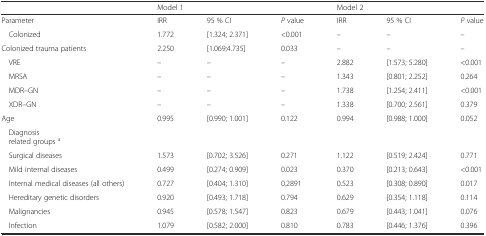
<table><thead><tr><td></td><td colspan="3"><b>Model 1</b></td><td colspan="3"><b>Model 2</b></td></tr></thead><tbody><tr><td>Parameter</td><td>IRR</td><td>95 % CI</td><td><i>P</i> value</td><td>IRR</td><td>95 % CI</td><td><i>P</i> value</td></tr><tr><td> Colonized</td><td>1.772</td><td>[1.324; 2.371]</td><td>&lt;0.001</td><td>–</td><td>–</td><td>–</td></tr><tr><td>Colonized trauma patients</td><td>2.250</td><td>[1.069;4.735]</td><td>0.033</td><td>–</td><td>–</td><td>–</td></tr><tr><td> VRE</td><td>–</td><td>–</td><td>–</td><td>2.882</td><td>[1.573; 5.280]</td><td>&lt;0.001</td></tr><tr><td> MRSA</td><td>–</td><td>–</td><td>–</td><td>1.343</td><td>[0.801; 2.252]</td><td>0.264</td></tr><tr><td> MDR–GN</td><td>–</td><td>–</td><td>–</td><td>1.738</td><td>[1.254; 2.411]</td><td>&lt;0.001</td></tr><tr><td> XDR–GN</td><td>–</td><td>–</td><td>–</td><td>1.338</td><td>[0.700; 2.561]</td><td>0.379</td></tr><tr><td>Age</td><td>0.995</td><td>[0.990; 1.001]</td><td>0.122</td><td>0.994</td><td>[0.988; 1.000]</td><td>0.052</td></tr><tr><td colspan="7"> Diagnosis related groups <sup>a</sup></td></tr><tr><td> Surgical diseases</td><td>1.573</td><td>[0.702; 3.526]</td><td>0.271</td><td>1.122</td><td>[0.519; 2.424]</td><td>0.771</td></tr><tr><td> Mild internal diseases</td><td>0.499</td><td>[0.274; 0.909]</td><td>0.023</td><td>0.370</td><td>[0.213; 0.643]</td><td>&lt;0.001</td></tr><tr><td> Internal medical diseases (all others)</td><td>0.727</td><td>[0.404; 1.310]</td><td>0.2891</td><td>0.523</td><td>[0.308; 0.890]</td><td>0.017</td></tr><tr><td> Hereditary genetic disorders</td><td>0.920</td><td>[0.493; 1.718]</td><td>0.794</td><td>0.629</td><td>[0.354; 1.118]</td><td>0.114</td></tr><tr><td> Malignancies</td><td>0.945</td><td>[0.578; 1.547]</td><td>0.823</td><td>0.679</td><td>[0.443; 1.041]</td><td>0.076</td></tr><tr><td> Infection</td><td>1.079</td><td>[0.582; 2.000]</td><td>0.810</td><td>0.783</td><td>[0.446; 1.376]</td><td>0.396</td></tr></tbody></table>